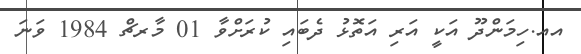
އއ.ހިމަންދޫ އަކީ އަރި އަތޮޅު ދެބައި ކުރަށްވާ 01 މާރޗް 1984 ވަނަ